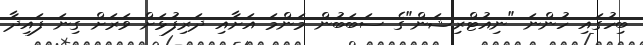
ބިހުގައި ހުންނަ "ނިއުޓްރިޝަން"ގެ ސަބަބުން މަންމަ އަށާއި ދަރިފުޅަށް ވަރަށް ގިނަ ފައިދާ